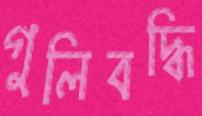
গুলিবদ্ধি